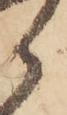
郎